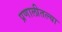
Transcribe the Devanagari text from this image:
प्रणालीतल्या